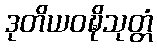
ဒုတိယဝဍ္ဎိသုတ္တံ